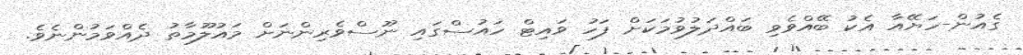
ގެއުން-ހަޔޭއާ އެކު ބޭއްވެވި ބައްދަލުވުމަކަށް ފަހު ވައިޓް ހައުސްގައި ނޫސްވެރިންނަށް މައުލޫމާތު ދެއްވަމުންނެވެ.